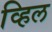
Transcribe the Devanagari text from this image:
व्हिल